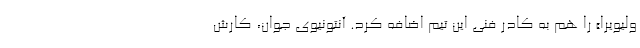
ولیویرا» را هم به کادر فنی این تیم اضافه کرد. آنتونیوی جوان، کارش